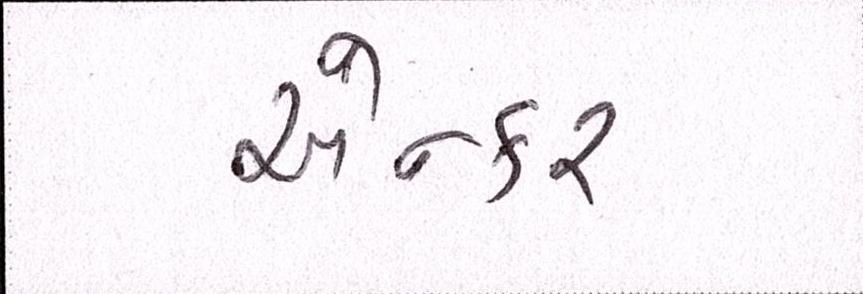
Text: એન્કર